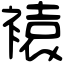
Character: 褤